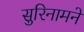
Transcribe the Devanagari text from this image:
सुरिनामने